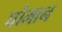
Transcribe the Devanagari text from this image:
घोमान